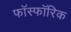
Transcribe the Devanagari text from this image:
फॉस्फॉरिक